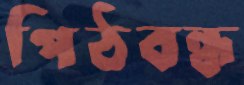
পিঠবন্ধ